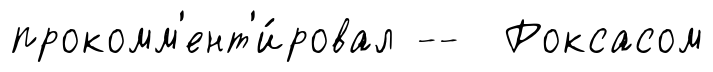
прокомм'ент'и́ровал -- Роксасом